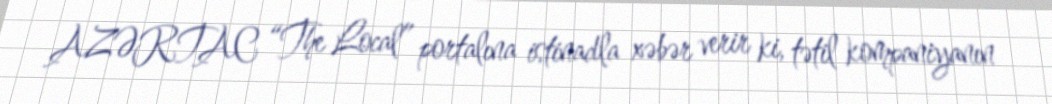
AZƏRTAC “The Local” portalına istinadla xəbər verir ki, tətil kompaniyanın